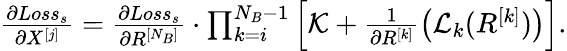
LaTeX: \begin{array}{r}{\frac{\partial Loss_{s}}{\partial X^{[j]}}=\frac{\partial Loss_{s}}{\partial R^{[N_{B}]}}\cdot\prod_{k=i}^{N_{B}-1}\left[\mathcal{K}+\frac{1}{\partial R^{[k]}}\left(\mathcal{L}_{k}(R^{[k]})\right)\right].}\end{array}